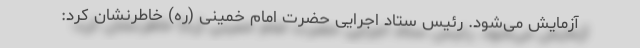
آزمایش می‌شود. رئیس ستاد اجرایی حضرت امام خمینی (ره) خاطرنشان کرد: